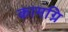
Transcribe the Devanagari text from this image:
कामग्नि